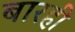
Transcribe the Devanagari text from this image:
बारही